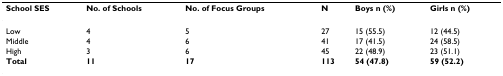
<table><thead><tr><td><b>School SES</b></td><td><b>No. of Schools</b></td><td><b>No. of Focus Groups</b></td><td><b>N</b></td><td><b>Boys n (%)</b></td><td><b>Girls n (%)</b></td></tr></thead><tbody><tr><td>Low</td><td>4</td><td>5</td><td>27</td><td>15 (55.5)</td><td>12 (44.5)</td></tr><tr><td>Middle</td><td>4</td><td>6</td><td>41</td><td>17 (41.5)</td><td>24 (58.5)</td></tr><tr><td>High</td><td>3</td><td>6</td><td>45</td><td>22 (48.9)</td><td>23 (51.1)</td></tr><tr><td><b>Total</b></td><td><b>11</b></td><td><b>17</b></td><td><b>113</b></td><td><b>54 (47.8)</b></td><td><b>59 (52.2)</b></td></tr></tbody></table>